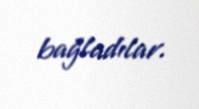
bağladılar.